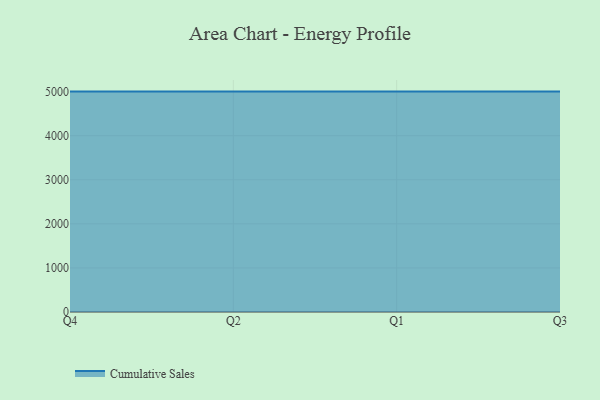
{"axis": {"x": "Quarter", "y": "Humidity (%)"}, "legend": ["Cumulative Sales"], "data": [{"x": "Q4", "y": 5000, "type": "Cumulative Sales"}, {"x": "Q2", "y": 5000, "type": "Cumulative Sales"}, {"x": "Q1", "y": 5000, "type": "Cumulative Sales"}, {"x": "Q3", "y": 5000, "type": "Cumulative Sales"}]}